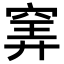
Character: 𥦌